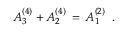
A _ { 3 } ^ { ( 4 ) } + A _ { 2 } ^ { ( 4 ) } \, = \, A _ { 1 } ^ { ( 2 ) } \, \, \, .